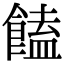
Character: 饁